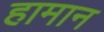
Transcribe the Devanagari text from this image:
हामान